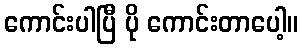
ကောင်းပါပြီ ပို ကောင်းတာပေါ့။